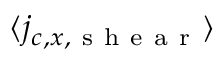
\langle j _ { c , x , \mathrm { ~ s ~ h ~ e ~ a ~ r ~ } } \rangle